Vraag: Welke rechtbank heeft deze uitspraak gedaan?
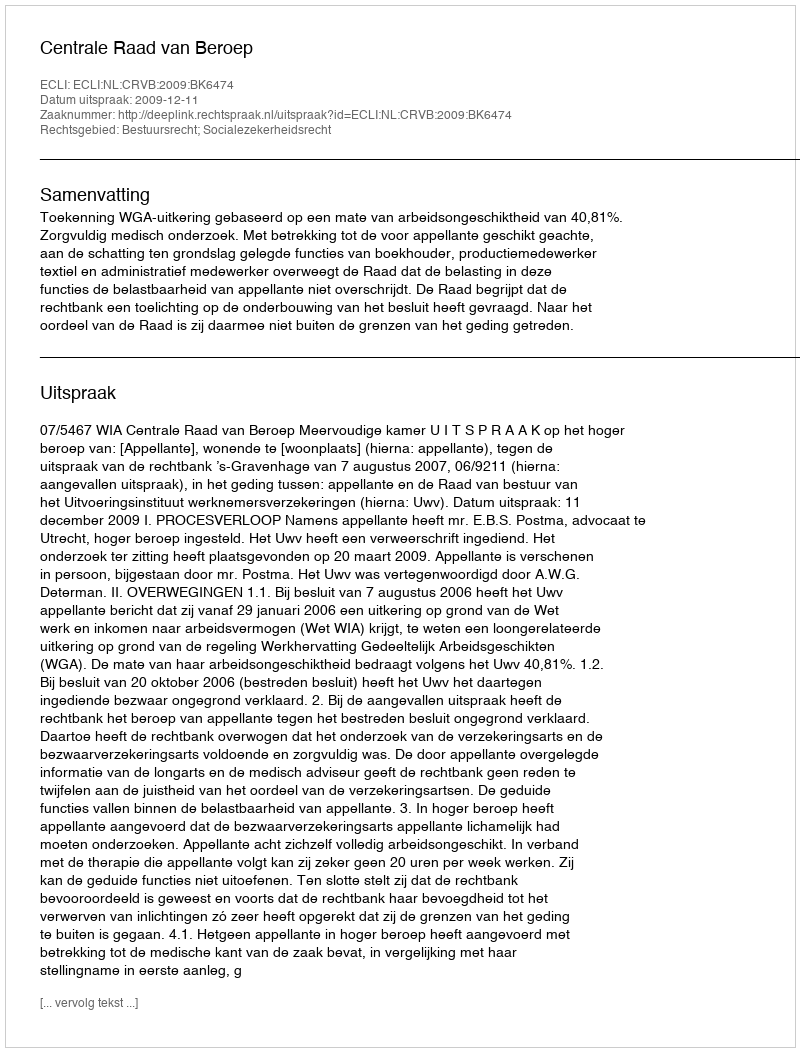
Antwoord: Centrale Raad van Beroep